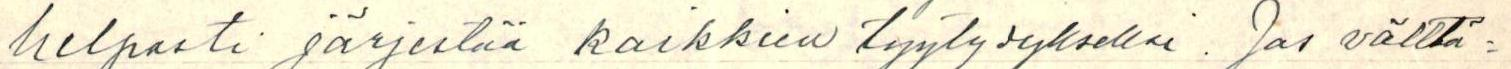
helposti järjestää kaikkien tyytydykseksi. Jos välttä-